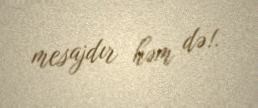
mesajdır həm də!.